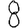
Digit: 8